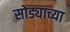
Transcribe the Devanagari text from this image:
सोड्याच्या